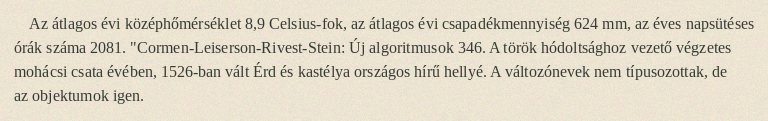
Az átlagos évi középhőmérséklet 8,9 Celsius-fok, az átlagos évi csapadékmennyiség 624 mm, az éves napsütéses órák száma 2081. "Cormen-Leiserson-Rivest-Stein: Új algoritmusok 346. A török hódoltsághoz vezető végzetes mohácsi csata évében, 1526-ban vált Érd és kastélya országos hírű hellyé. A változónevek nem típusozottak, de az objektumok igen.